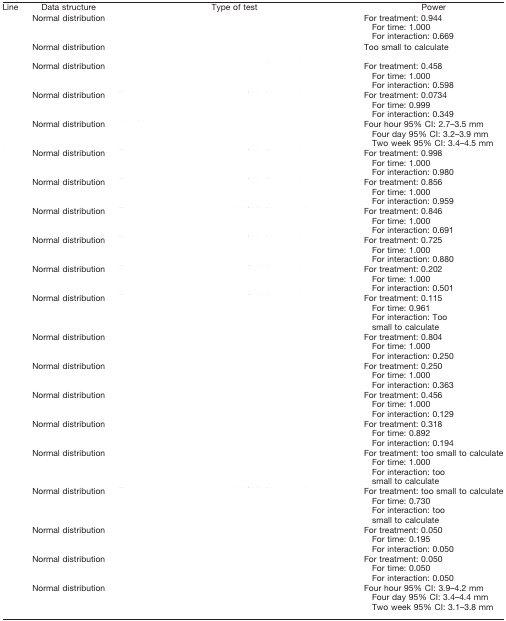
<table><thead><tr><td><b>Line</b></td><td><b>Data structure</b></td><td><b>Type of test</b></td><td><b>Power</b></td></tr></thead><tbody><tr><td>[EMPTY_CELL]</td><td>Normal distribution</td><td>[EMPTY_CELL]</td><td>For treatment: 0.944For time: 1.000For interaction: 0.669</td></tr><tr><td>[EMPTY_CELL]</td><td>Normal distribution</td><td>[EMPTY_CELL]</td><td>Too small to calculate</td></tr><tr><td>[EMPTY_CELL]</td><td>Normal distribution</td><td>[EMPTY_CELL]</td><td>For treatment: 0.458For time: 1.000For interaction: 0.598</td></tr><tr><td>[EMPTY_CELL]</td><td>Normal distribution</td><td>[EMPTY_CELL]</td><td>For treatment: 0.0734For time: 0.999For interaction: 0.349</td></tr><tr><td>[EMPTY_CELL]</td><td>Normal distribution</td><td>[EMPTY_CELL]</td><td>Four hour 95% CI: 2.7–3.5 mmFour day 95% CI: 3.2–3.9 mmTwo week 95% CI: 3.4–4.5 mm</td></tr><tr><td>[EMPTY_CELL]</td><td>Normal distribution</td><td>[EMPTY_CELL]</td><td>For treatment: 0.998For time: 1.000For interaction: 0.980</td></tr><tr><td>[EMPTY_CELL]</td><td>Normal distribution</td><td>[EMPTY_CELL]</td><td>For treatment: 0.856For time: 1.000For interaction: 0.959</td></tr><tr><td>[EMPTY_CELL]</td><td>Normal distribution</td><td>[EMPTY_CELL]</td><td>For treatment: 0.846For time: 1.000For interaction: 0.691</td></tr><tr><td>[EMPTY_CELL]</td><td>Normal distribution</td><td>[EMPTY_CELL]</td><td>For treatment: 0.725For time: 1.000For interaction: 0.880</td></tr><tr><td>[EMPTY_CELL]</td><td>Normal distribution</td><td>[EMPTY_CELL]</td><td>For treatment: 0.202For time: 1.000For interaction: 0.501</td></tr><tr><td>[EMPTY_CELL]</td><td>Normal distribution</td><td>[EMPTY_CELL]</td><td>For treatment: 0.115For time: 0.961For interaction: Too small to calculate</td></tr><tr><td>[EMPTY_CELL]</td><td>Normal distribution</td><td>[EMPTY_CELL]</td><td>For treatment: 0.804For time: 1.000For interaction: 0.250</td></tr><tr><td>[EMPTY_CELL]</td><td>Normal distribution</td><td>[EMPTY_CELL]</td><td>For treatment: 0.250For time: 1.000For interaction: 0.363</td></tr><tr><td>[EMPTY_CELL]</td><td>Normal distribution</td><td>[EMPTY_CELL]</td><td>For treatment: 0.456For time: 1.000For interaction: 0.129</td></tr><tr><td>[EMPTY_CELL]</td><td>Normal distribution</td><td>[EMPTY_CELL]</td><td>For treatment: 0.318For time: 0.892For interaction: 0.194</td></tr><tr><td>[EMPTY_CELL]</td><td>Normal distribution</td><td>[EMPTY_CELL]</td><td>For treatment: too small to calculateFor time: 1.000For interaction: too small to calculate</td></tr><tr><td>[EMPTY_CELL]</td><td>Normal distribution</td><td>[EMPTY_CELL]</td><td>For treatment: too small to calculateFor time: 0.730For interaction: too small to calculate</td></tr><tr><td>[EMPTY_CELL]</td><td>Normal distribution</td><td>[EMPTY_CELL]</td><td>For treatment: 0.050For time: 0.195For interaction: 0.050</td></tr><tr><td>[EMPTY_CELL]</td><td>Normal distribution</td><td>[EMPTY_CELL]</td><td>For treatment: 0.050For time: 0.050For interaction: 0.050</td></tr><tr><td>[EMPTY_CELL]</td><td>Normal distribution</td><td>[EMPTY_CELL]</td><td>Four hour 95% CI: 3.9–4.2 mmFour day 95% CI: 3.4–4.4 mmTwo week 95% CI: 3.1–3.8 mm</td></tr></tbody></table>